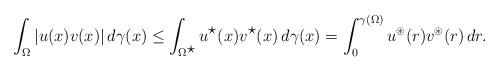
LaTeX: \begin{align*}\int_{\Omega}|u(x)v(x)|\,d\gamma(x)\leq\int_{\Omega^{\displaystyle\star}}u^{\displaystyle\star}(x)v^{\displaystyle\star}(x)\,d\gamma(x)=\int_{0}^{\gamma(\Omega)}u^{\circledast}(r)v^{\circledast}(r)\,dr.\end{align*}